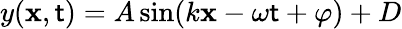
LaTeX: y(\mathbf{x},\mathsf{t})=A\sin(k\mathbf{x}-\omega\mathsf{t}+\varphi)+D